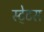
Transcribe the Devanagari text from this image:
स्‍टे्टस